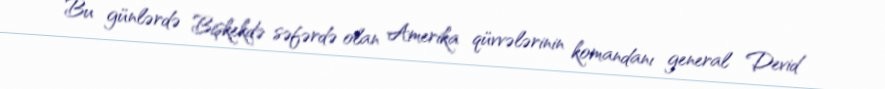
Bu günlərdə Bişkekdə səfərdə olan Amerika qüvvələrinin komandanı general Devid